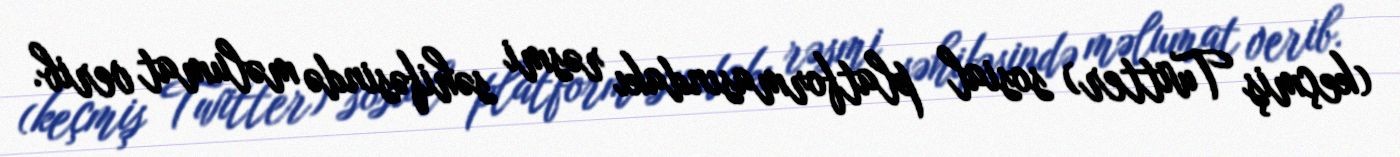
(keçmiş Twitter) sosial platformasındakı rəsmi səhifəsində məlumat verib.